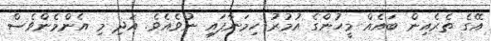
އޭގެ ތެރެއިން ބައެއް މީހުންގެ އުމުރު ހިމަނާފައި ނުވެއެވެ. އަދި މި އެންމެންވެސް